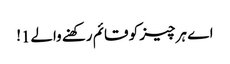
اے ہر چیز کو قائم رکھنے والے1!